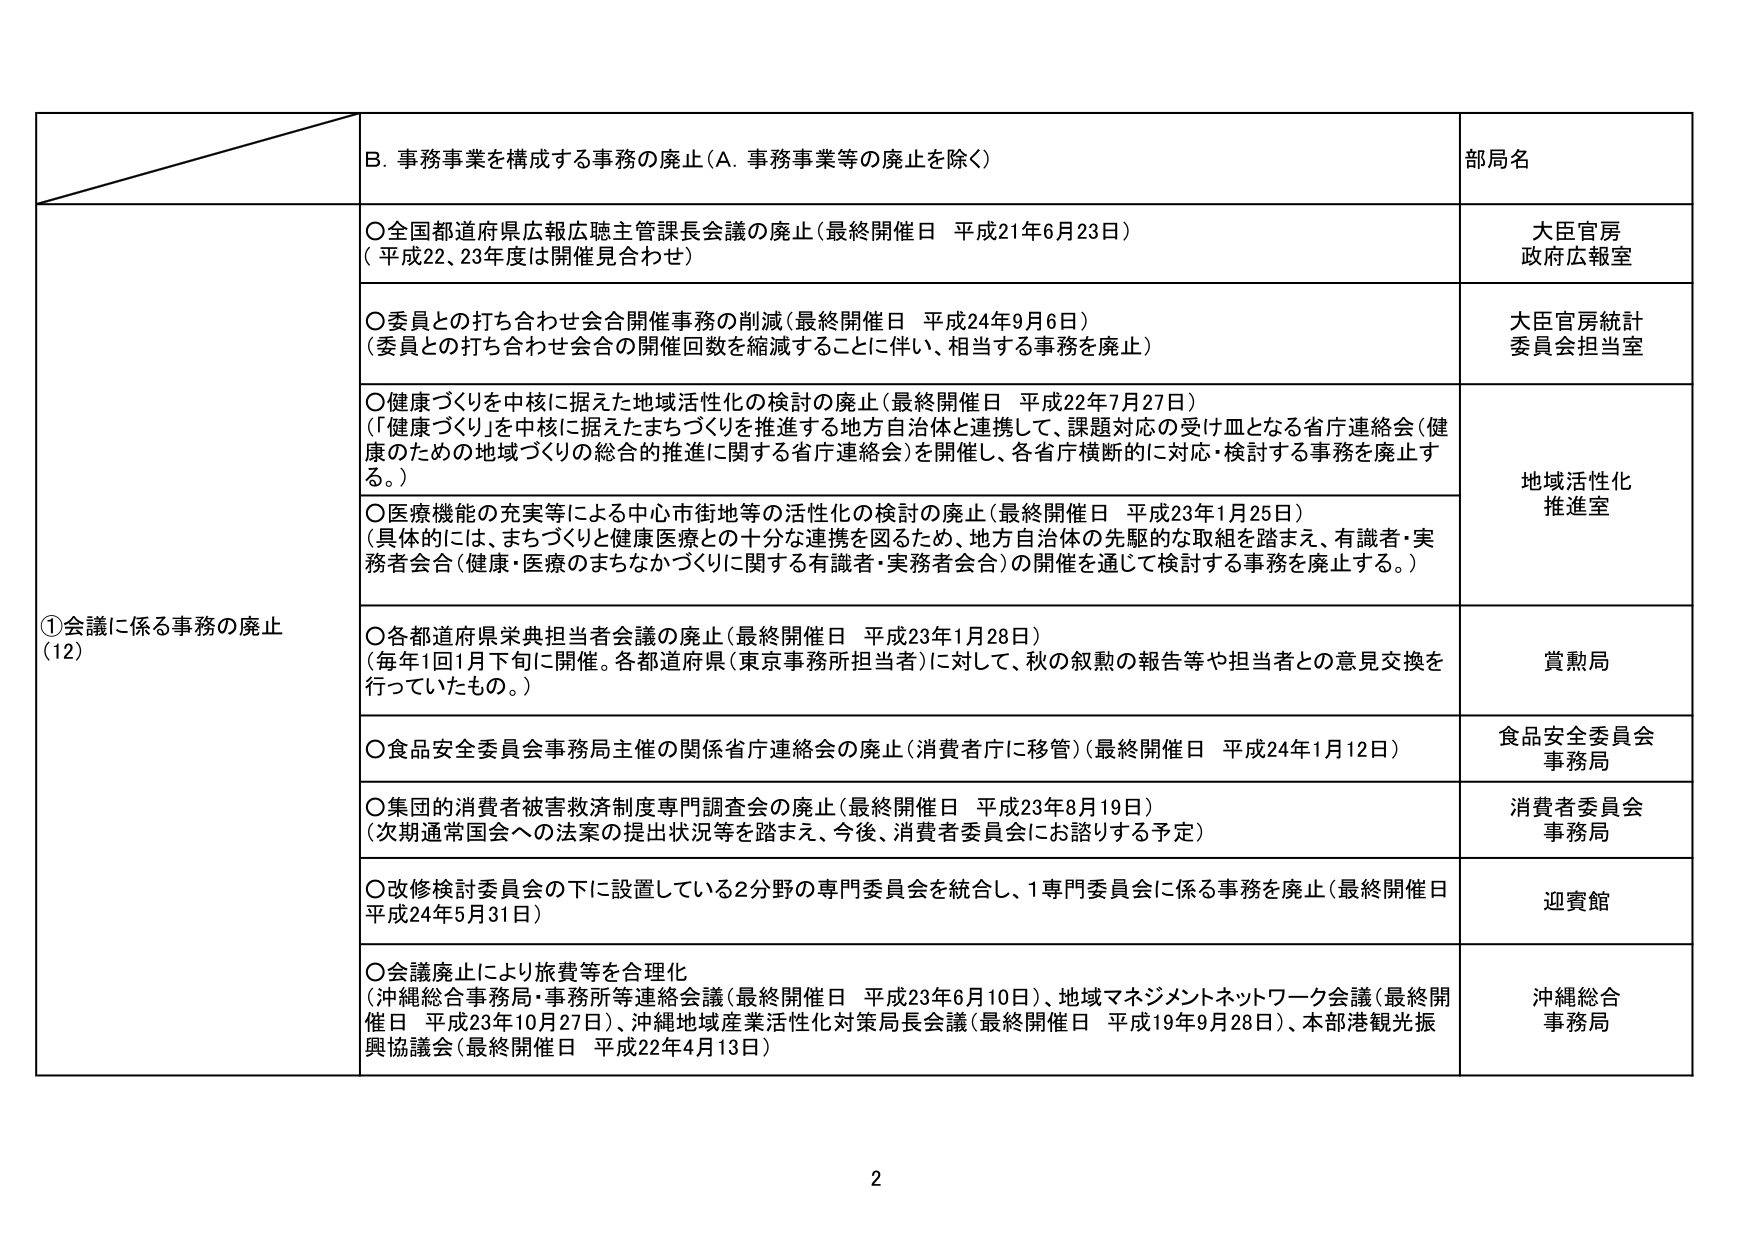
①会議に係る事務の廃止
(12)

B. 事務事業を構成する事務の廃止（A. 事務事業等の廃止を除く）

○全国都道府県広報広聴主管課長会議の廃止（最終開催日 平成21年6月23日）
（平成22、23年度は開催見合わせ）

○委員との打ち合わせ会合開催事務の削減（最終開催日 平成24年9月6日）
（委員との打ち合わせ会合の開催回数を縮減することに伴い、相当する事務を廃止）

○健康づくりを中核に据えた地域活性化の検討の廃止（最終開催日 平成22年7月27日）
（「健康づくり」を中核に据えたまちづくりを推進する地方自治体と連携して、課題対応の受け皿となる省庁連絡会（健康のための地域づくりの総合的推進に関する省庁連絡会）を開催し、各省庁横断的に対応・検討する事務を廃止する。）

○医療機能の充実等による中心市街地等の活性化の検討の廃止（最終開催日 平成23年1月25日）
（具体的には、まちづくりと健康医療との十分な連携を図るため、地方自治体の先駆的な取組を踏まえ、有識者・実務者会合（健康・医療のまちなかづくりに関する有識者・実務者会合）の開催を通じて検討する事務を廃止する。）

○各都道府県栄典担当者会議の廃止（最終開催日 平成23年1月28日）
（毎年1回1月下旬に開催。各都道府県（東京事務所担当者）に対して、秋の叙勲の報告等や担当者との意見交換を行っていたもの。）

○食品安全委員会事務局主催の関係省庁連絡会の廃止（消費者庁に移管）（最終開催日 平成24年1月12日）

○集団的消費者被害救済制度専門調査会の廃止（最終開催日 平成23年8月19日）
（次期通常国会への法案の提出状況等を踏まえ、今後、消費者委員会にお諮りする予定）

○改修検討委員会の下に設置している2分野の専門委員会を統合し、1専門委員会に係る事務を廃止（最終開催日 平成24年5月31日）

○会議廃止により旅費等を合理化
（沖縄総合事務局・事務所等連絡会議（最終開催日 平成23年6月10日）、地域マネジメントネットワーク会議（最終開催日 平成23年10月27日）、沖縄地域産業活性化対策局長会議（最終開催日 平成19年9月28日）、本部港観光振興協議会（最終開催日 平成22年4月13日））

部局名
大臣官房
政府広報室

大臣官房統計
委員会担当室

地域活性化
推進室

賞勲局

食品安全委員会
事務局

消費者委員会
事務局

迎賓館

沖縄総合
事務局

2